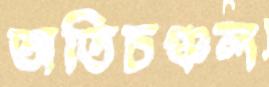
অতিচঞ্চল